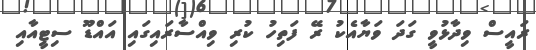
ރައީސް ވިދާޅުވީ ގަދަ ވަޔާއެކު ރޭ ފަތިހު ކުރި ވިއްސާރައިގައި އައްޑޫ ސިޓީއާއި